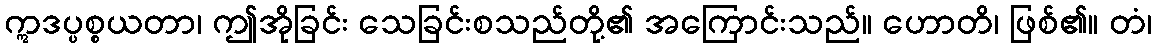
ဣဒပ္ပစ္စယတာ၊ ဤအိုခြင်း သေခြင်းစသည်တို့၏ အကြောင်းသည်။ ဟောတိ၊ ဖြစ်၏။ တံ၊